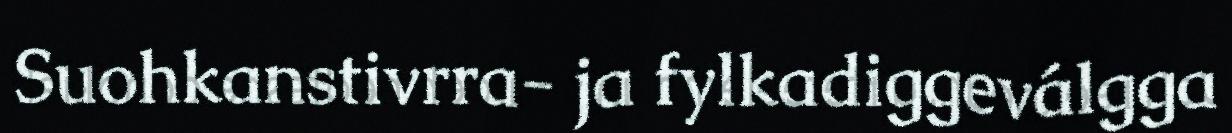
Suohkanstivrra- ja fylkadiggeválgga